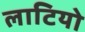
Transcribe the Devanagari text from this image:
लाटियो